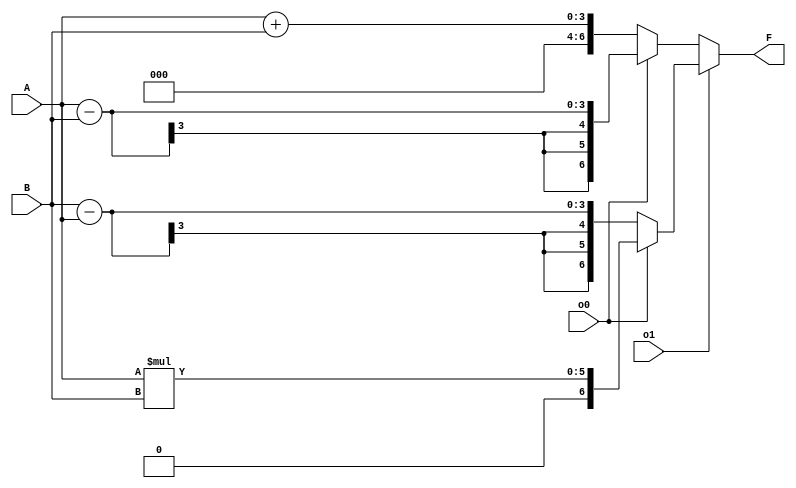
module calculadora(A,B,F,o1,o0);
	input [2:0]A,B;
	input o1,o0;
	output [6:0]F;
		
	assign F=o1?(o0?(A*B):(B-A)):(o0?(A-B):(A+B));
	
endmodule